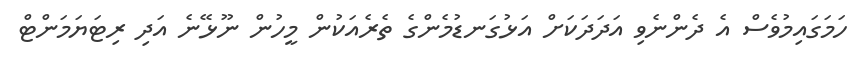
ހަމަގައިމުވެސް އެ ދެންނެވި އަދަދަކަށް އަޅުގަނޑުމެންގެ ތެރެއަކުން މީހުން ނޫޅޭނެ އަދި ރިޓަޔަމަންޓް